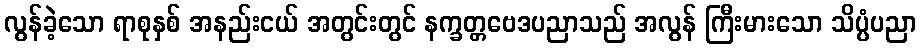
လွန်ခဲ့သော ရာစုနှစ် အနည်းငယ် အတွင်းတွင် နက္ခတ္တဗေဒပညာသည် အလွန် ကြီးမားသော သိပ္ပံပညာ